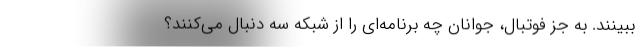
ببینند. به جز فوتبال، جوانان چه برنامه‌ای را از شبکه سه دنبال می‌کنند؟